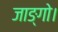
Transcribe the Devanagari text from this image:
जाङ्गो।